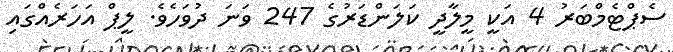
ސެޕްޓެމްބަރު 4 އަކީ މީލާދީ ކަލަންޑަރުގެ 247 ވަނަ ދުވަހެވެ. ލީޕް އަހަރެއްގައި